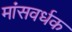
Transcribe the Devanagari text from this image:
मांसवर्धक